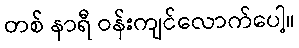
တစ် နာရီ ဝန်းကျင်လောက်ပေါ့။